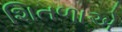
શિતળાએ